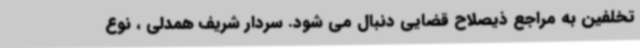
تخلفین به مراجع ذیصلاح قضایی دنبال می شود. سردار شریف همدلی ، نوع